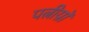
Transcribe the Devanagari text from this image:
पत्नीय़ॉ